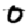
Digit: 0